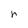
Character: r